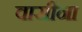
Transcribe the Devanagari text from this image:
वासींना